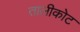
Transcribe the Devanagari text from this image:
तालीकोट